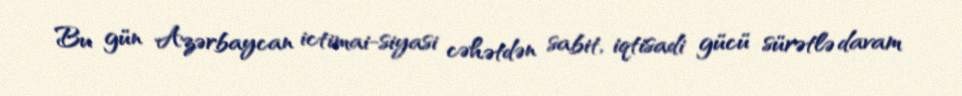
Bu gün Azərbaycan ictimai-siyasi cəhətdən sabit, iqtisadi gücü sürətlə davam